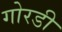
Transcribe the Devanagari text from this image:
गोरडी